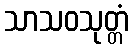
သာသဝသုတ္တံ